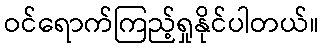
ဝင်ရောက်ကြည့်ရှုနိုင်ပါတယ်။